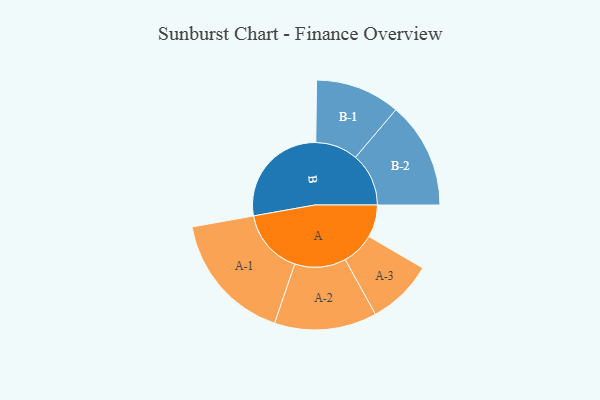
{"axis": {"x": "Segment", "y": "Value"}, "legend": ["", "A", "B"], "data": [{"x": "A", "y": 147, "type": ""}, {"x": "B", "y": 489, "type": ""}, {"x": "A-1", "y": 296, "type": "A"}, {"x": "A-2", "y": 232, "type": "A"}, {"x": "A-3", "y": 149, "type": "A"}, {"x": "B-1", "y": 192, "type": "B"}, {"x": "B-2", "y": 241, "type": "B"}]}